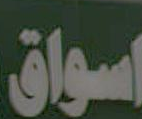
اسواق